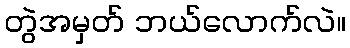
တွဲအမှတ် ဘယ်လောက်လဲ။